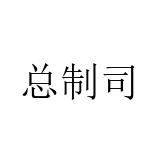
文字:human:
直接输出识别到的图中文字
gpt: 总制司